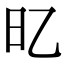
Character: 𣄻